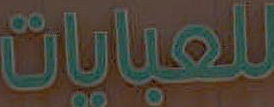
للعبايات